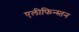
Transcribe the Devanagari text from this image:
एलीफिन्स्तन